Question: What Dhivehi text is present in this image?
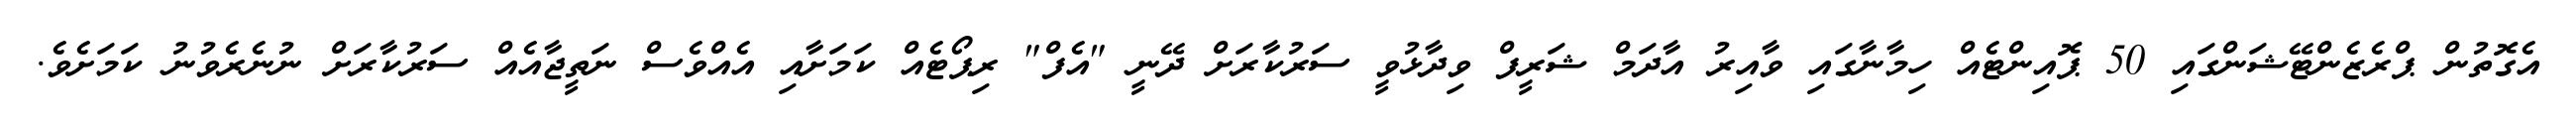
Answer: އެގޮތުން ޕްރެޒެންޓޭޝަންގައި 50 ޕޮއިންޓެއް ހިމާނާގައި ވާއިރު އާދަމް ޝަރީފް ވިދާޅުވީ ސަރުކާރަށް ދޭނީ "އެފް" ރިޕޯޓެއް ކަމަށާއި އެއްވެސް ނަތީޖާއެއް ސަރުކާރަށް ނުނެރެވުނު ކަމަށެވެ.